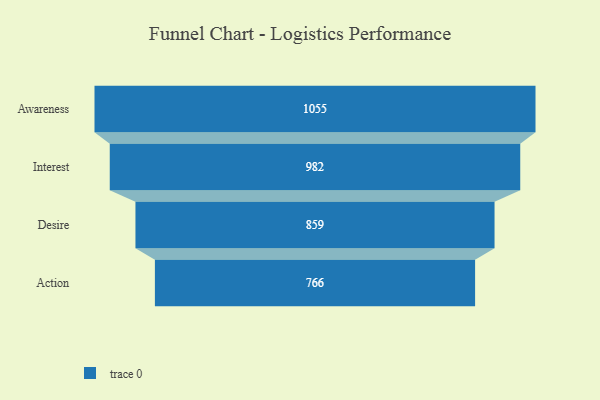
{"axis": {"x": "Stage", "y": "Value"}, "legend": [""], "data": [{"x": "Awareness", "y": 1055.0, "type": ""}, {"x": "Interest", "y": 982.0, "type": ""}, {"x": "Desire", "y": 859.0, "type": ""}, {"x": "Action", "y": 766.0, "type": ""}]}